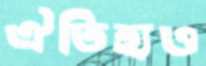
ঐতিহ্যও